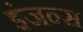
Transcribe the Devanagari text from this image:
इंजन्स